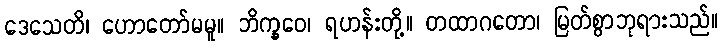
ဒေသေတိ၊ ဟောတော်မမူ။ ဘိက္ခဝေ၊ ရဟန်းတို့။ တထာဂတော၊ မြတ်စွာဘုရားသည်။